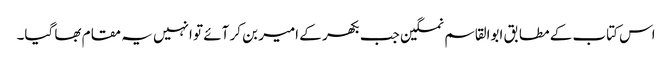
اس کتاب کے مطابق ابوالقاسم نمکین جب بکھر کے امیر بن کر آئے تو انہیں یہ مقام بھا گیا۔